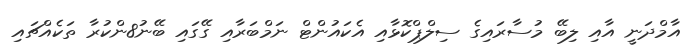
އާމްދަނީ އާއި ލިބޭ މުސާރައިގެ ސިލްޕްކޮޅާއި އެކައުންޓް ނަމްބަރާއި ގޭގައި ބޭނ8ުންކުރާ ތަކެއްޗައި